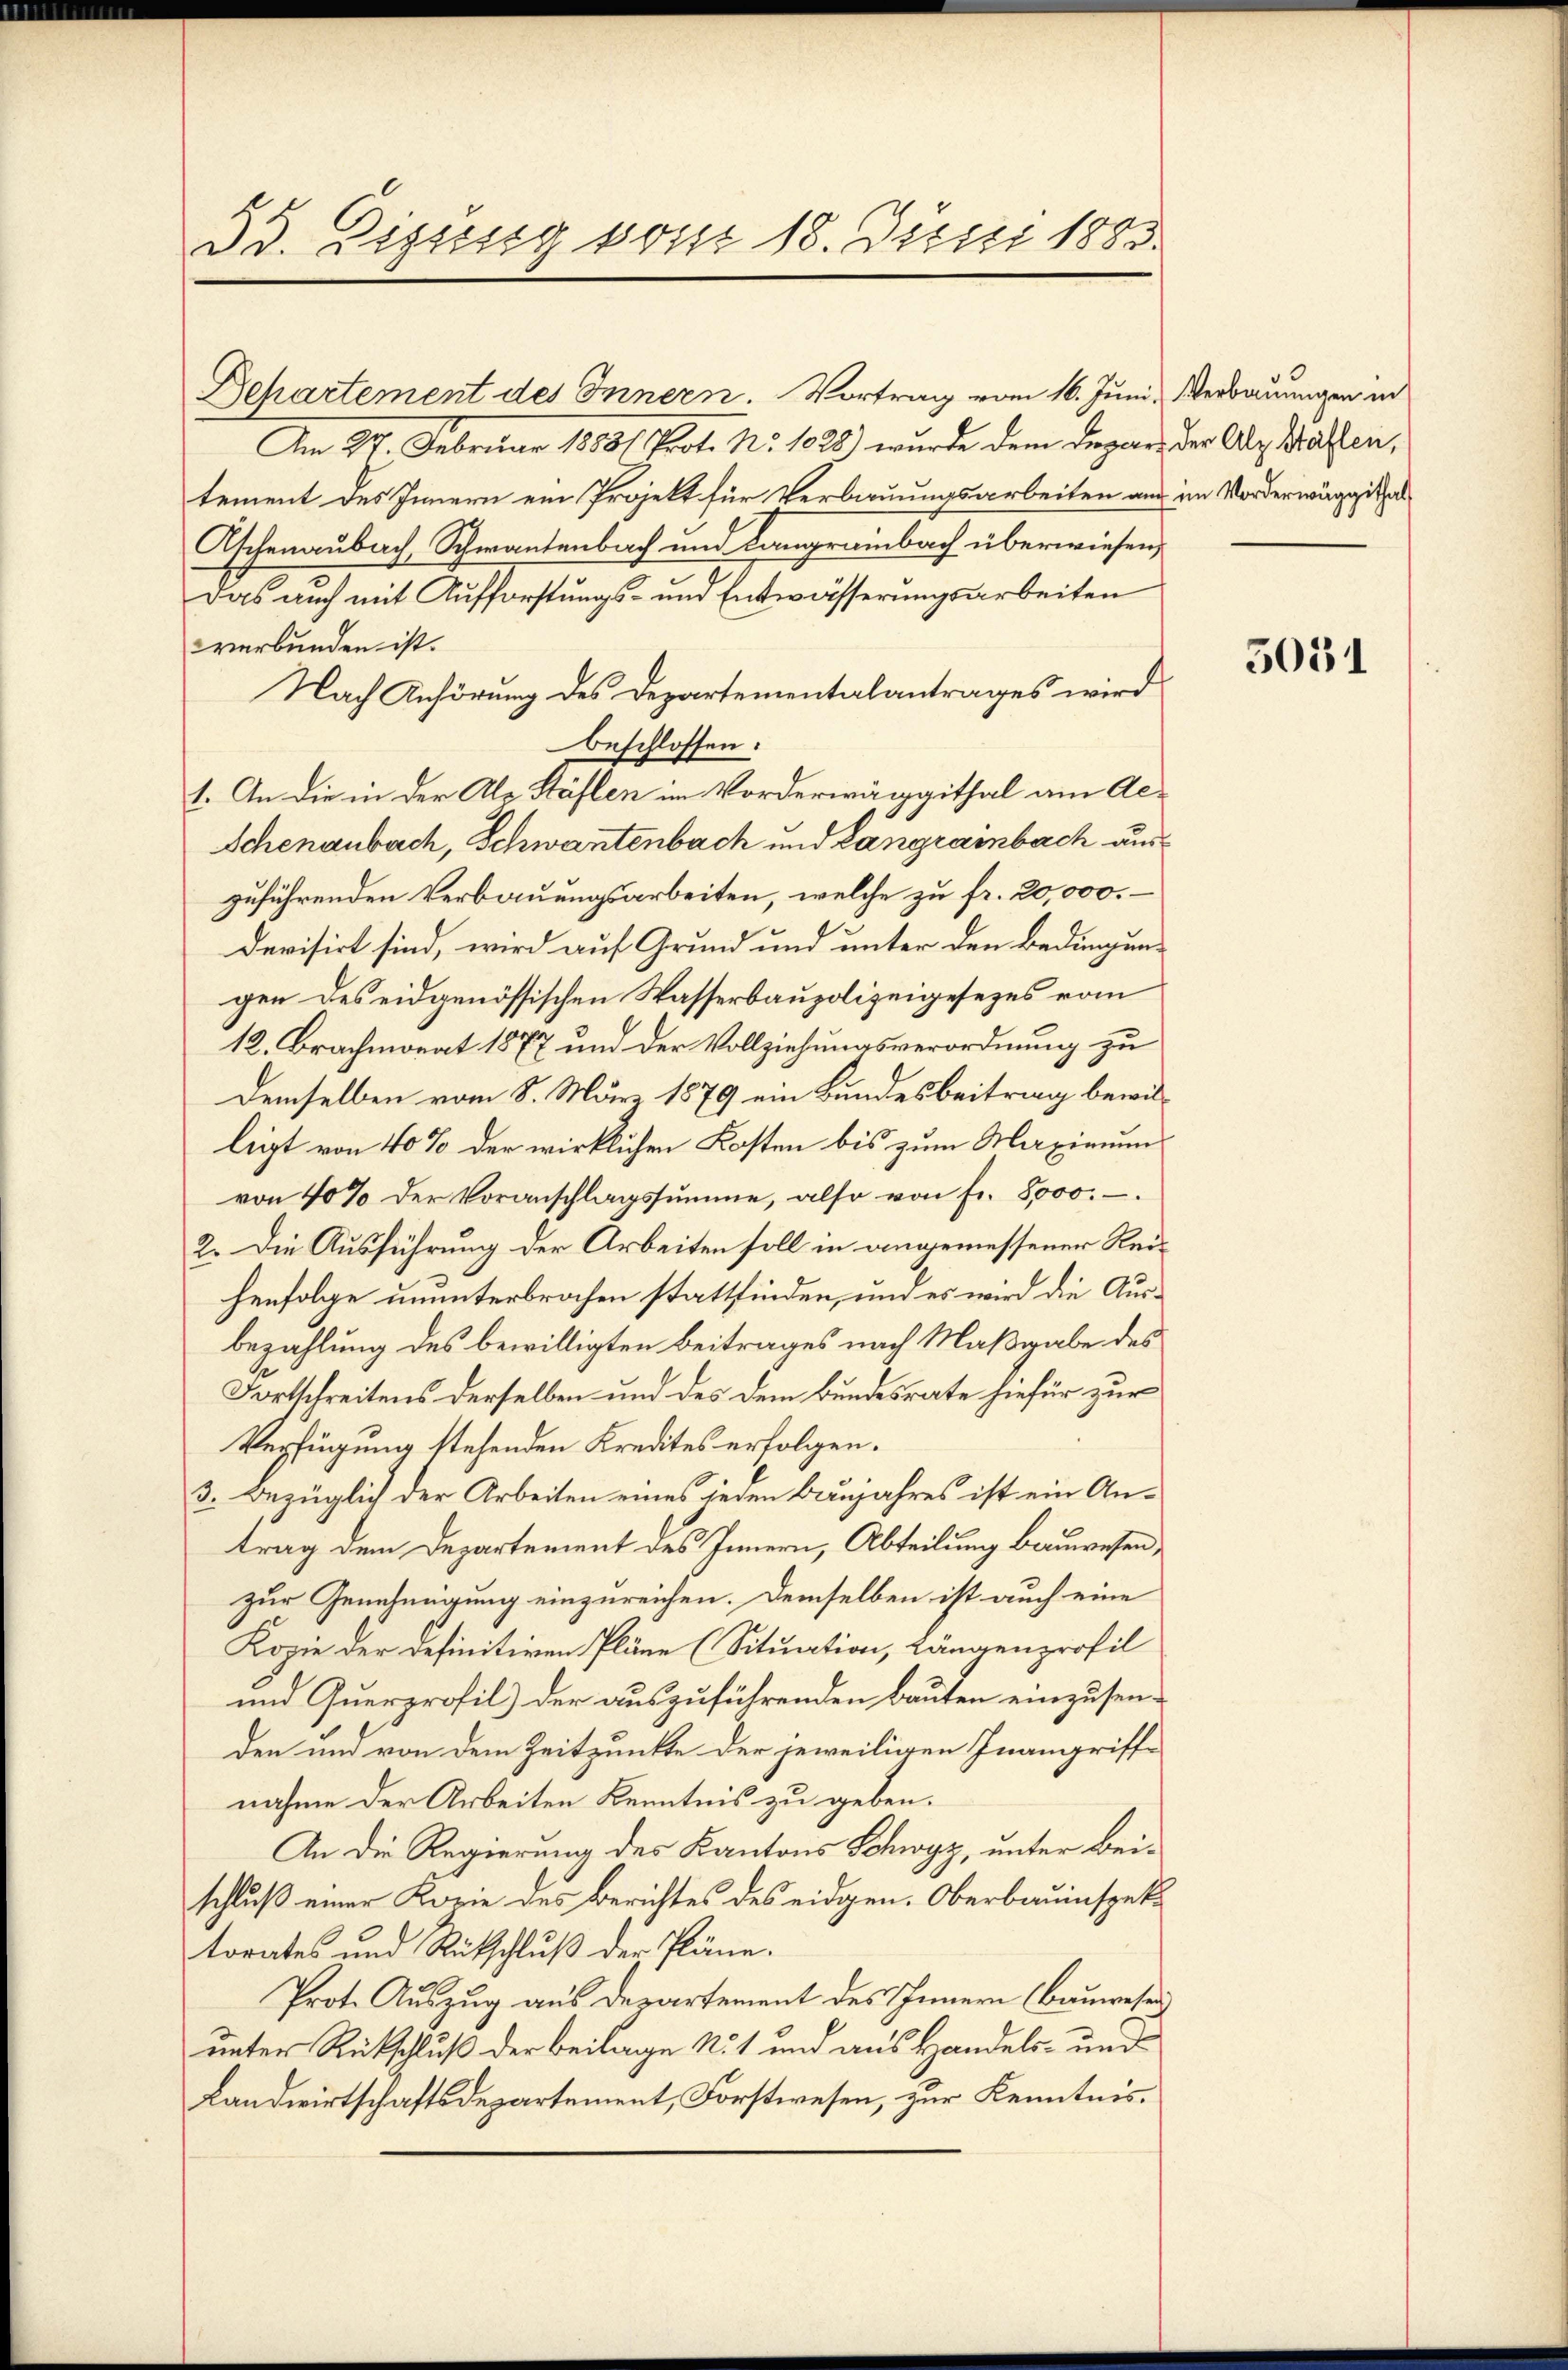
Am 27. Februar 1883/ Prot. No 1028) wurde dem Depart der Alp Wassen,
tement des Innern ein Projekt für Verbauungsarbeiten aus im Vorderwäggithal¬
Ascheinaubach Schwantenbach und Langreinbach überwiesen,
Das auch mit Aufforstungs- und Entwässerungsarbeiten
verbunden ist.
Nach Anhörung des Departementalantrages wird
beschlossen:
1. An die in der Ale Stählen im Vorderwäggithal am Al¬
Schenaubach, Schwantenbach und Langrainbach auszuführenden Verbauungsarbeiten, welche zu fr. 20,000.
Devisirt sind, wird auf Grund und unter den Bedingungen des eidgenössischen Wasserbaupolizeigesezes vom
12. Brachmonat 1877 und der Vollziehungsverordnung zu
Demselben vom 8. März 1879 ein Bundesbeitrag bewilligt von 40% der wirklichen Kosten bis zum Maximum
von 40% der Voranschlagssumme, also von fr. 8000.
2. Die Ausführung der Arbeiten soll in angemessener Reihenfolge ununterbrochen stattfinden, und es wird die Ausbezahlung des bewilligten Beitrages nach Maßgabe des
Fortschreitens derselben und des dem Bundesrate hiefür zur
Verfügung stehenden Kredites erfolgen.
3. Bezüglich der Arbeiten eines jeden Baujahres ist ein Antrag dem Departement des Innern, Abteilung bauwesen,
zur Genehmigung einzureichen. Demselben ist auch eine
Kopie der definitiven Pläne (Situation, Längenprofil
und Querprofil) der auszuführenden Bauten einzusenden und von dem Zeitpunkte der jeweiligen Inangriffe
nahme der Arbeiten Kenntnis zu geben.
An die Regierung des Kantons Schwyz, unter beischluß einer Korie des Berichtes des eidgen. Oberbauinspektorates und Rütschluß der Pläne.
Prot. Auszug aus Departement des Innern (Bauwesen
unter Rückschluß der Beilage Not und aus Handels- und
Landwirtschaftsdepartement, Forstwesen, zur Kenntnis.

55. Eigung vom 18. Juni 1883.

Repartement des Innern. Vortrag vom 16. Juni, Verbauungen in

5031